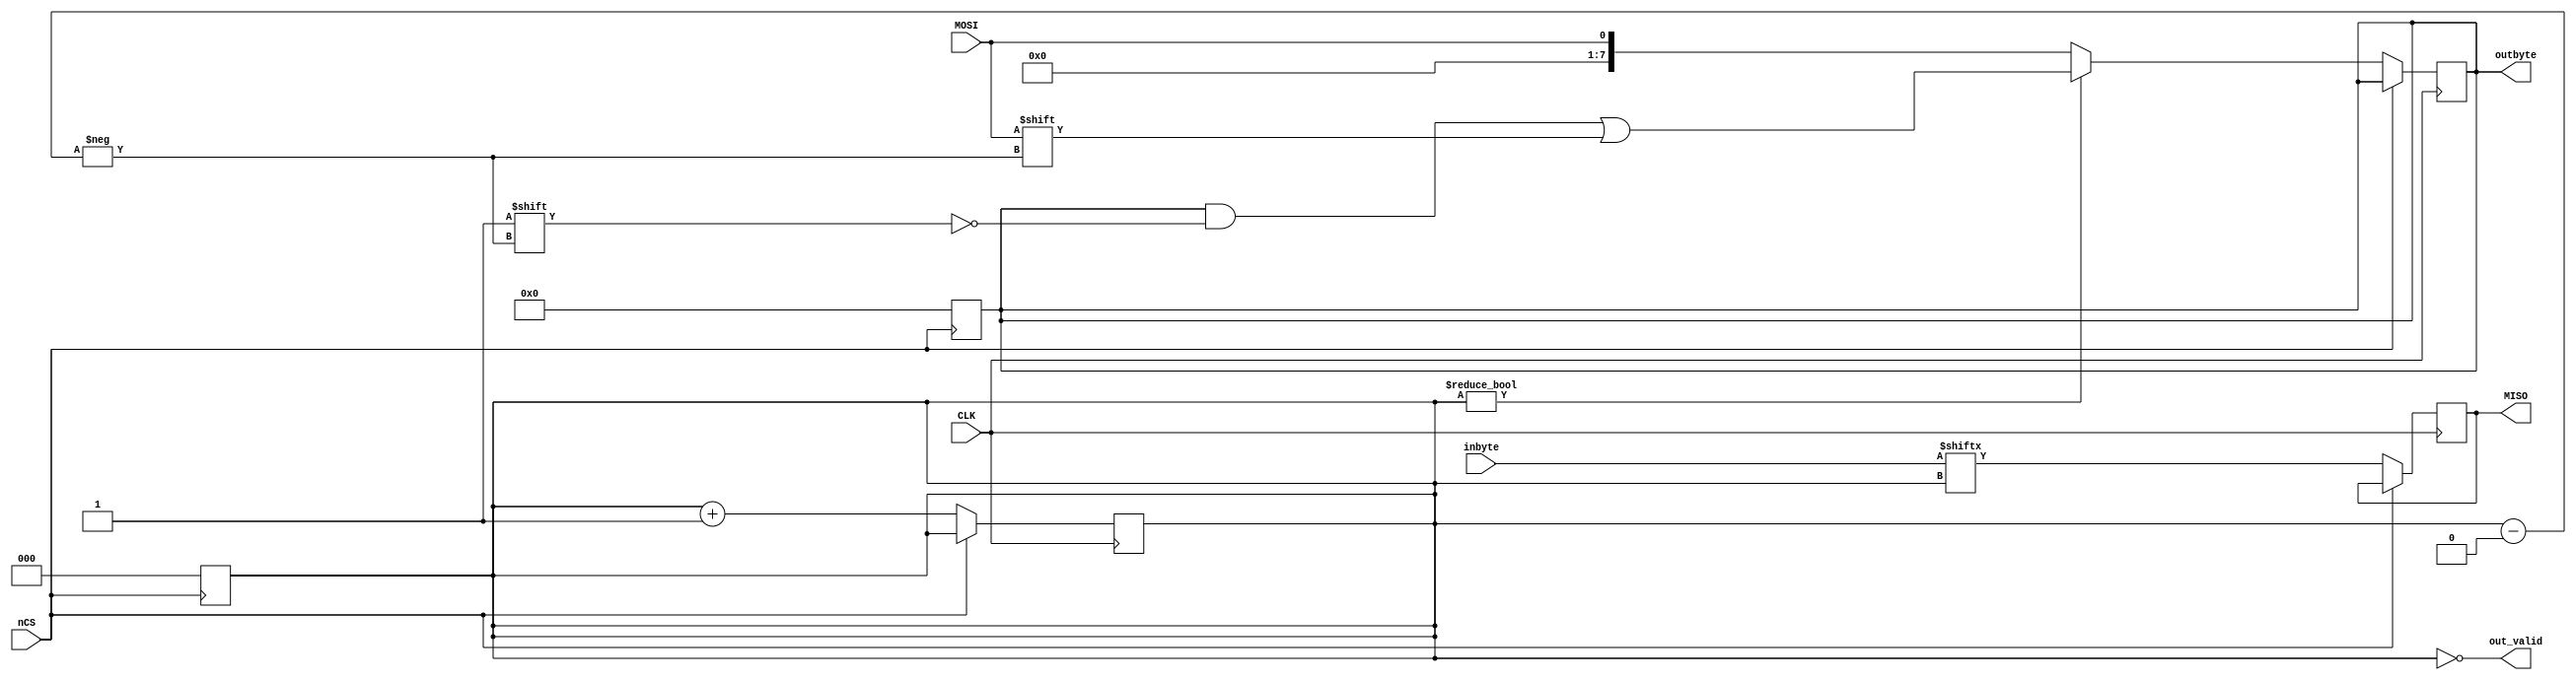
module SPIfrontend(nCS, CLK, MOSI, MISO, 
		   inbyte, outbyte, out_valid);
   input nCS;
   input CLK;
   input MOSI;
   output MISO;
   
   reg 	  MISO;
   input [7:0] inbyte;
   output [7:0] outbyte;
   reg [7:0] 	outbyte;
   output 	out_valid;
   reg [2:0] 	bitcnt;

   assign 	out_valid = bitcnt==0;

   always @(posedge nCS) begin // 'reset' condition
      bitcnt<=0;
      outbyte<=0;
   end
   
   always @(posedge CLK) if (!nCS) begin
      MISO<=inbyte[bitcnt];
   end // always @ (posedge CLK)
   
   always @(negedge CLK) if (!nCS) begin
      if (bitcnt)
	outbyte[bitcnt]<=MOSI;
      else
	outbyte<=MOSI;
      bitcnt<=bitcnt+1;
   end
endmodule